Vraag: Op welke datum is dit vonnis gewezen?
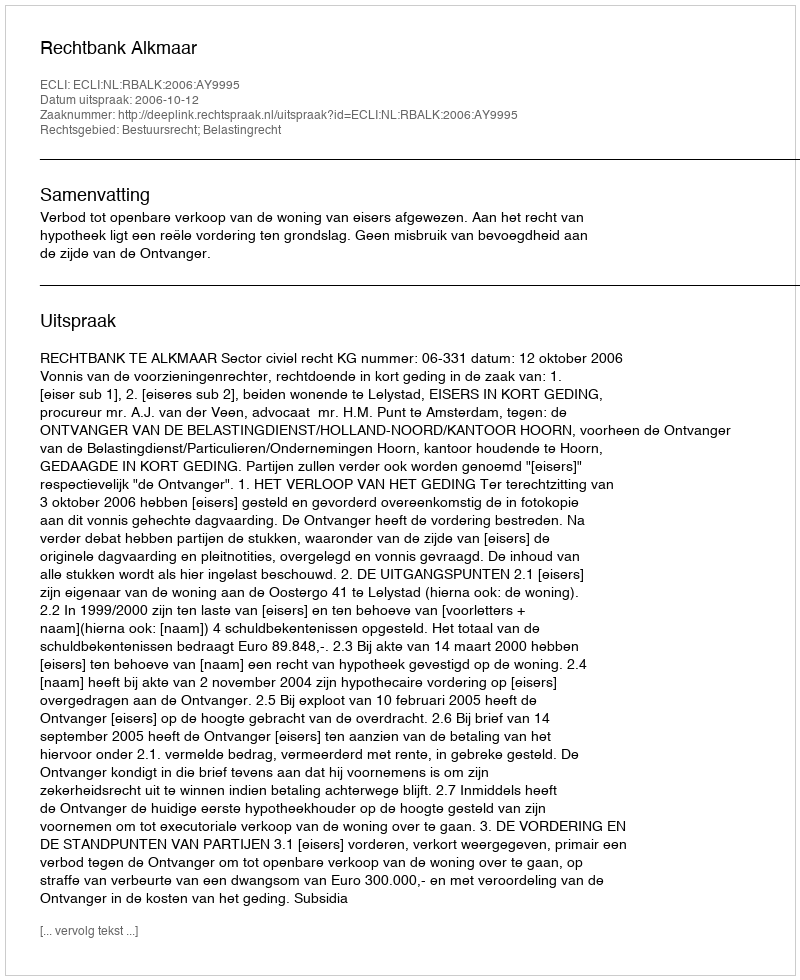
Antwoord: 2006-10-12